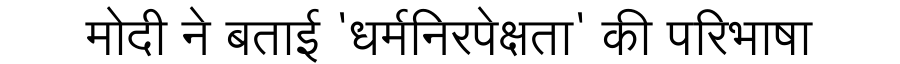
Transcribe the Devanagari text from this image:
मोदी ने बताई 'धर्मनिरपेक्षता' की परिभाषा